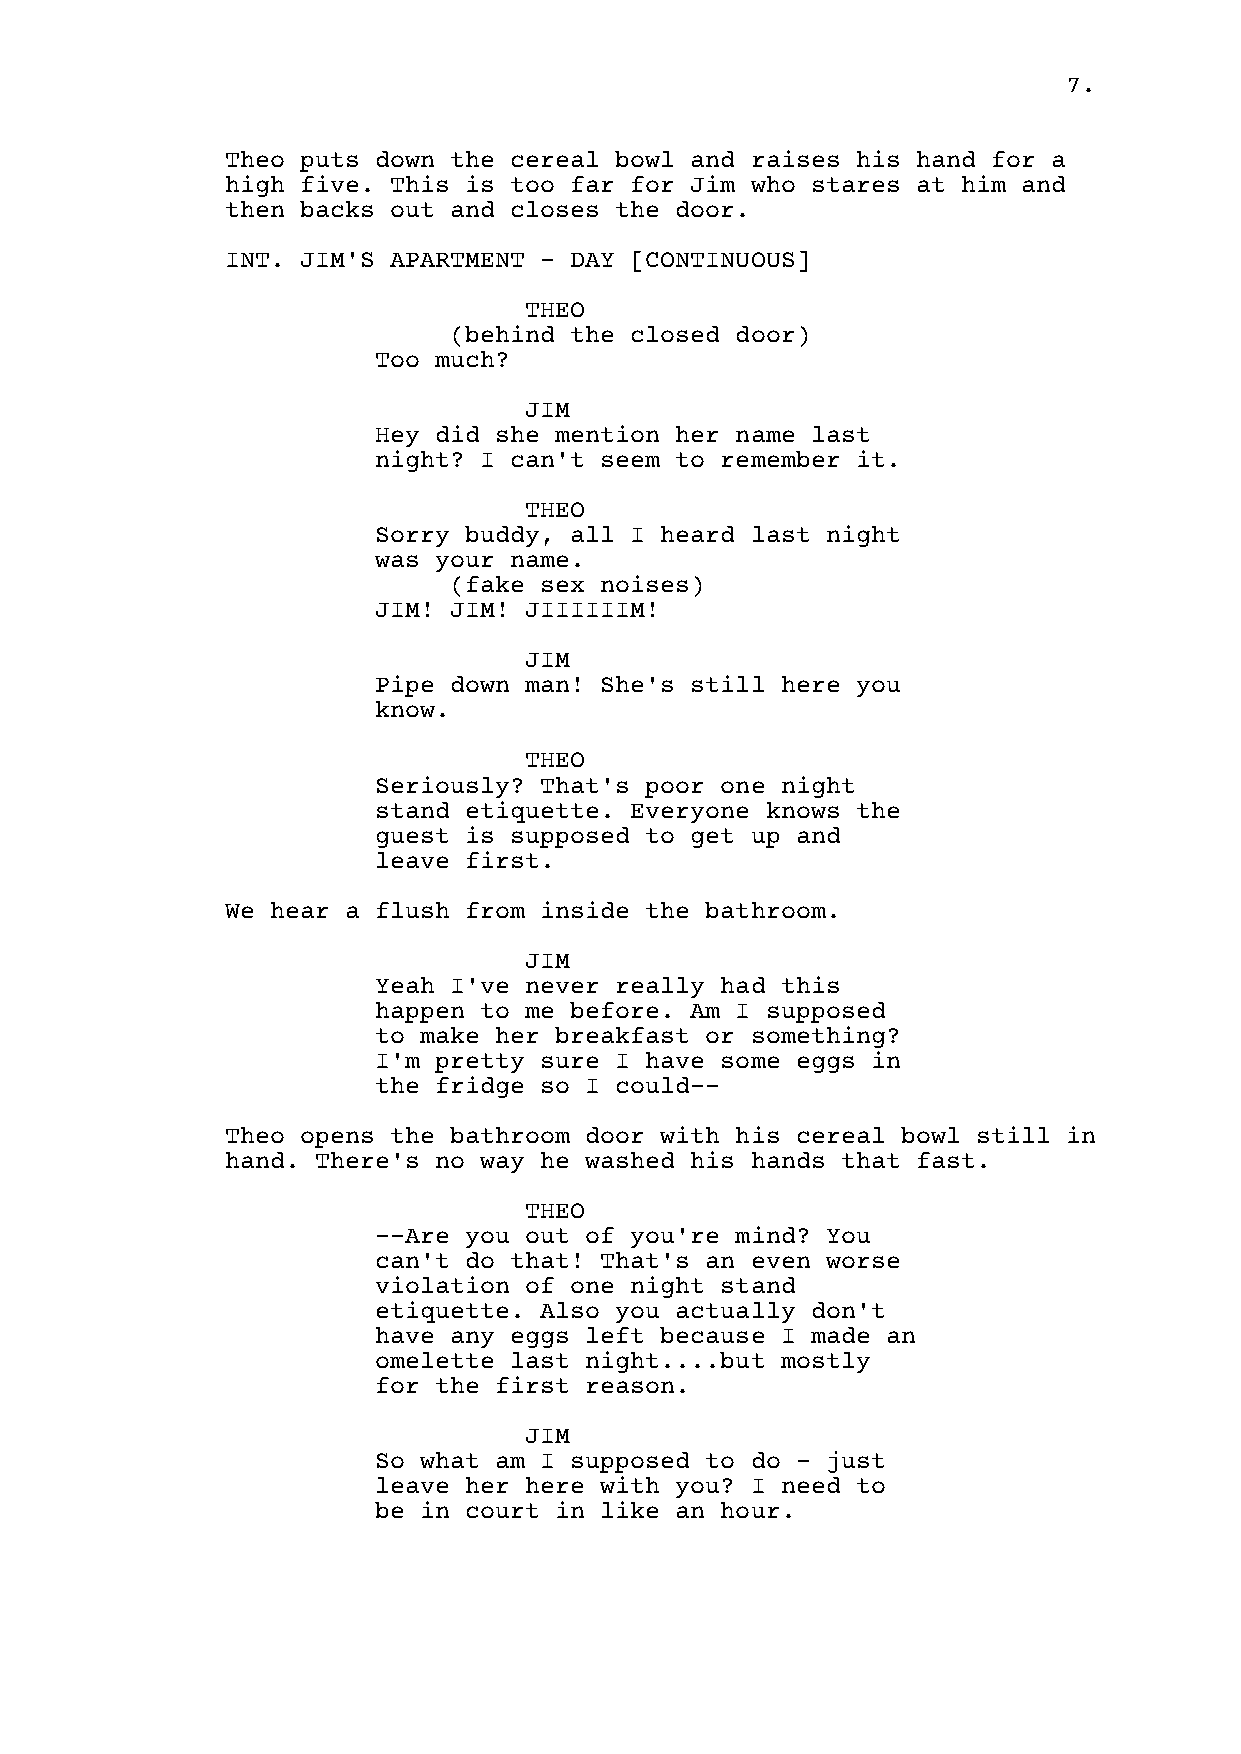
7.
 Theo puts down the cereal bowl and raises his hand for a
 high five. This is too far for Jim who stares at him and
 then backs out and closes the door.
 INT. JIM'S APARTMENT - DAY [CONTINUOUS]
 THEO
 (behind the closed door)
 Too much?
 JIM
 Hey did she mention her name last
 night? I can't seem to remember it.
 THEO
 Sorry buddy, all I heard last night
 was your name.
 (fake sex noises)
 JIM! JIM! JIIIIIIM!
 JIM
 Pipe down man! She's still here you
 know.
 THEO
 Seriously? That's poor one night
 stand etiquette. Everyone knows the
 guest is supposed to get up and
 leave first.
 We hear a flush from inside the bathroom.
 JIM
 Yeah I've never really had this
 happen to me before. Am I supposed
 to make her breakfast or something?
 I'm pretty sure I have some eggs in
 the fridge so I could--
 Theo opens the bathroom door with his cereal bowl still in
 hand. There's no way he washed his hands that fast.
 THEO
 --Are you out of you're mind? You
 can't do that! That's an even worse
 violation of one night stand
 etiquette. Also you actually don't
 have any eggs left because I made an
 omelette last night....but mostly
 for the first reason.
 JIM
 So what am I supposed to do - just
 leave her here with you? I need to
 be in court in like an hour.